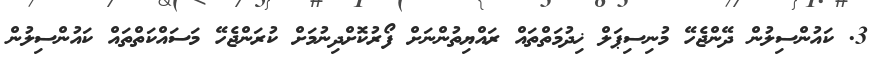
3. ކައުންސިލުން ދޭންޖެހޭ މުނިސިޕަލް ޚިދުމަތްތައް ރައްޔިތުންނަށް ފޯރުކޮށްދިނުމަށް ކުރަންޖެހޭ މަސައްކަތްތައް ކައުންސިލުން